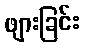
ဖျားခြင်း